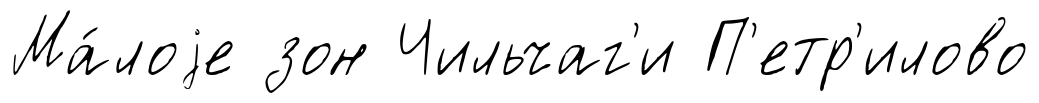
Ма́лоjе зон Чильчаг'и П'етр'илово